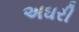
અઘરી